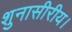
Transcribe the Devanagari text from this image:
शुनासीरीय।